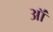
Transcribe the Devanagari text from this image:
ऑं